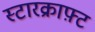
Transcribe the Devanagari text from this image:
स्टारक्राफ़्ट